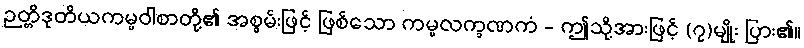
ဉတ္တိဒုတိယကမ္မဝါစာတို့၏ အစွမ်းဖြင့် ဖြစ်သော ကမ္မလက္ခဏကံ - ဤသို့အားဖြင့် (၇)မျိုး ပြား၏။